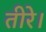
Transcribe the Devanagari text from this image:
तीरे।